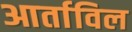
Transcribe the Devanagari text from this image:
आर्ताविल